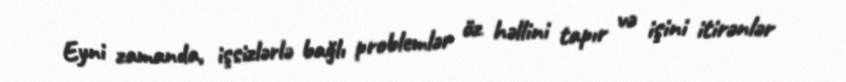
Eyni zamanda, işsizlərlə bağlı problemlər öz həllini tapır və işini itirənlər